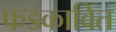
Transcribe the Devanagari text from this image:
फडकावित